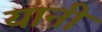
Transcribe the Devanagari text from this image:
यानी